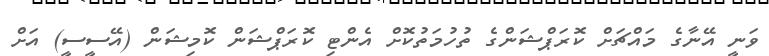
ވަނީ އޭނާގެ މައްޗަށް ކޮރަޕްޝަންގެ ތުހުމަތުކޮށް އެންޓި ކޮރަޕްޝަން ކޮމިޝަން (އޭސީސީ) އަށް